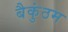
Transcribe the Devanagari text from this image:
बैकुंठम